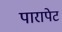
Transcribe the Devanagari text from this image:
पारापेट